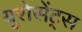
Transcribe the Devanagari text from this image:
यूरोसेंट्स